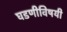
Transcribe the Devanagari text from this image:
घडणीविषयी